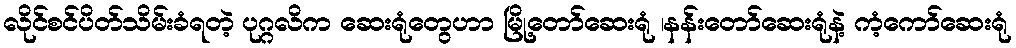
လိုင်စင်ပိတ်သိမ်းခံရတဲ့ ပုဂ္ဂလိက ဆေးရုံတွေဟာ မြို့တော်ဆေးရုံ ၊နန်းတော်ဆေးရုံနဲ့ ကံ့ကော်ဆေးရုံ